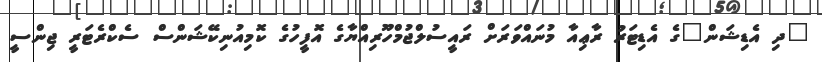
"ދި އެޑިޝަން"ގެ އެޑިޓަރު ރާޢިއާ މުނައްވަރަށް ރައީސުލްޖުމްހޫރިއްޔާގެ އޮފީހުގެ ކޮމިއުނިކޭޝަންސް ސެކްރެޓަރީ ޖިންސީ